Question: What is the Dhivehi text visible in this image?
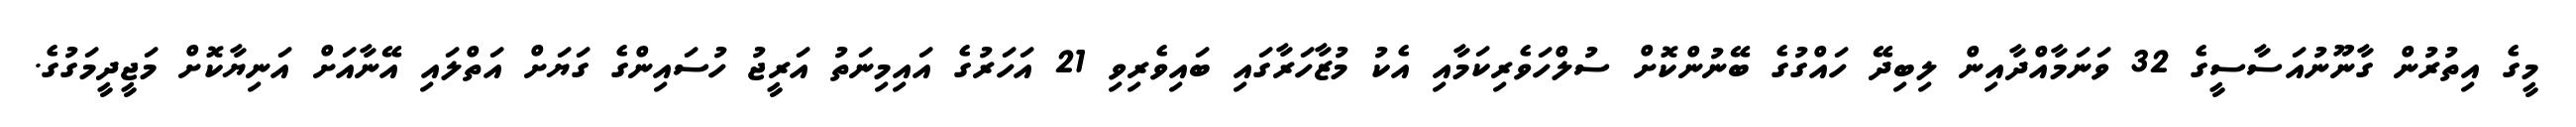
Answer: މީގެ އިތުރުން ގާނޫނުއަސާސީގެ 32 ވަނަމާއްދާއިން ލިބިދޭ ހައްގުގެ ބޭނުންކޮށް ސުލްހަވެރިކަމާއި އެކު މުޒާހަރާގައި ބައިވެރިވި 21 އަހަރުގެ އައިމިނަތު އަރީޖު ހުސައިންގެ ގަޔަށް އަތްލައި އޭނާއަށް އަނިޔާކޮށް މަޖީދީމަގުގެ.